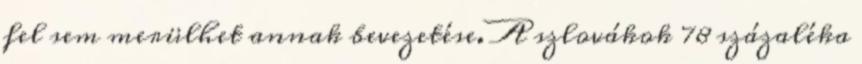
fel sem merülhet annak bevezetése. A szlovákok 78 százaléka